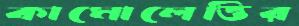
কামোলেত্তির